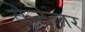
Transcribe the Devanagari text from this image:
केटेलर